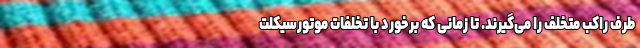
طرف راکب متخلف را می‌گیرند. تا زمانی که برخورد با تخلفات موتورسیکلت